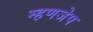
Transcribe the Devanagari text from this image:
म्हणजेप